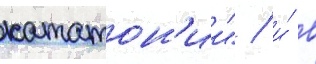
кататон'ии" / и́ в